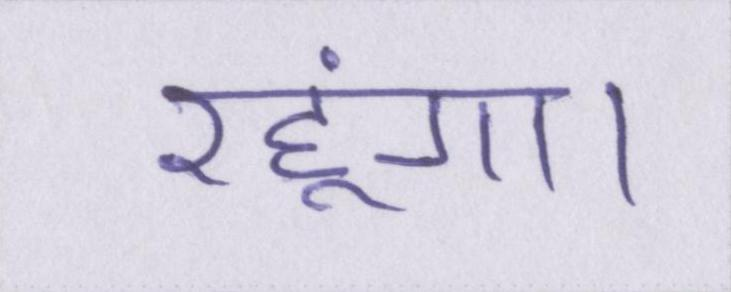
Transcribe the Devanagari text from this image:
रहूंगा।